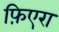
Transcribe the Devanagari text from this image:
फ़िएरा